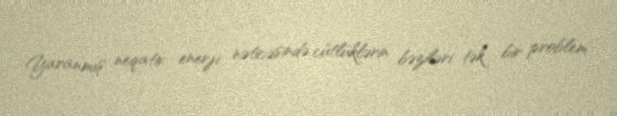
Yaranmış neqativ enerji nəticəsində cütlüklərin bəziləri tək bir problem